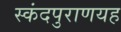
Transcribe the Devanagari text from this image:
स्कंदपुराणयह